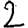
Digit: 2